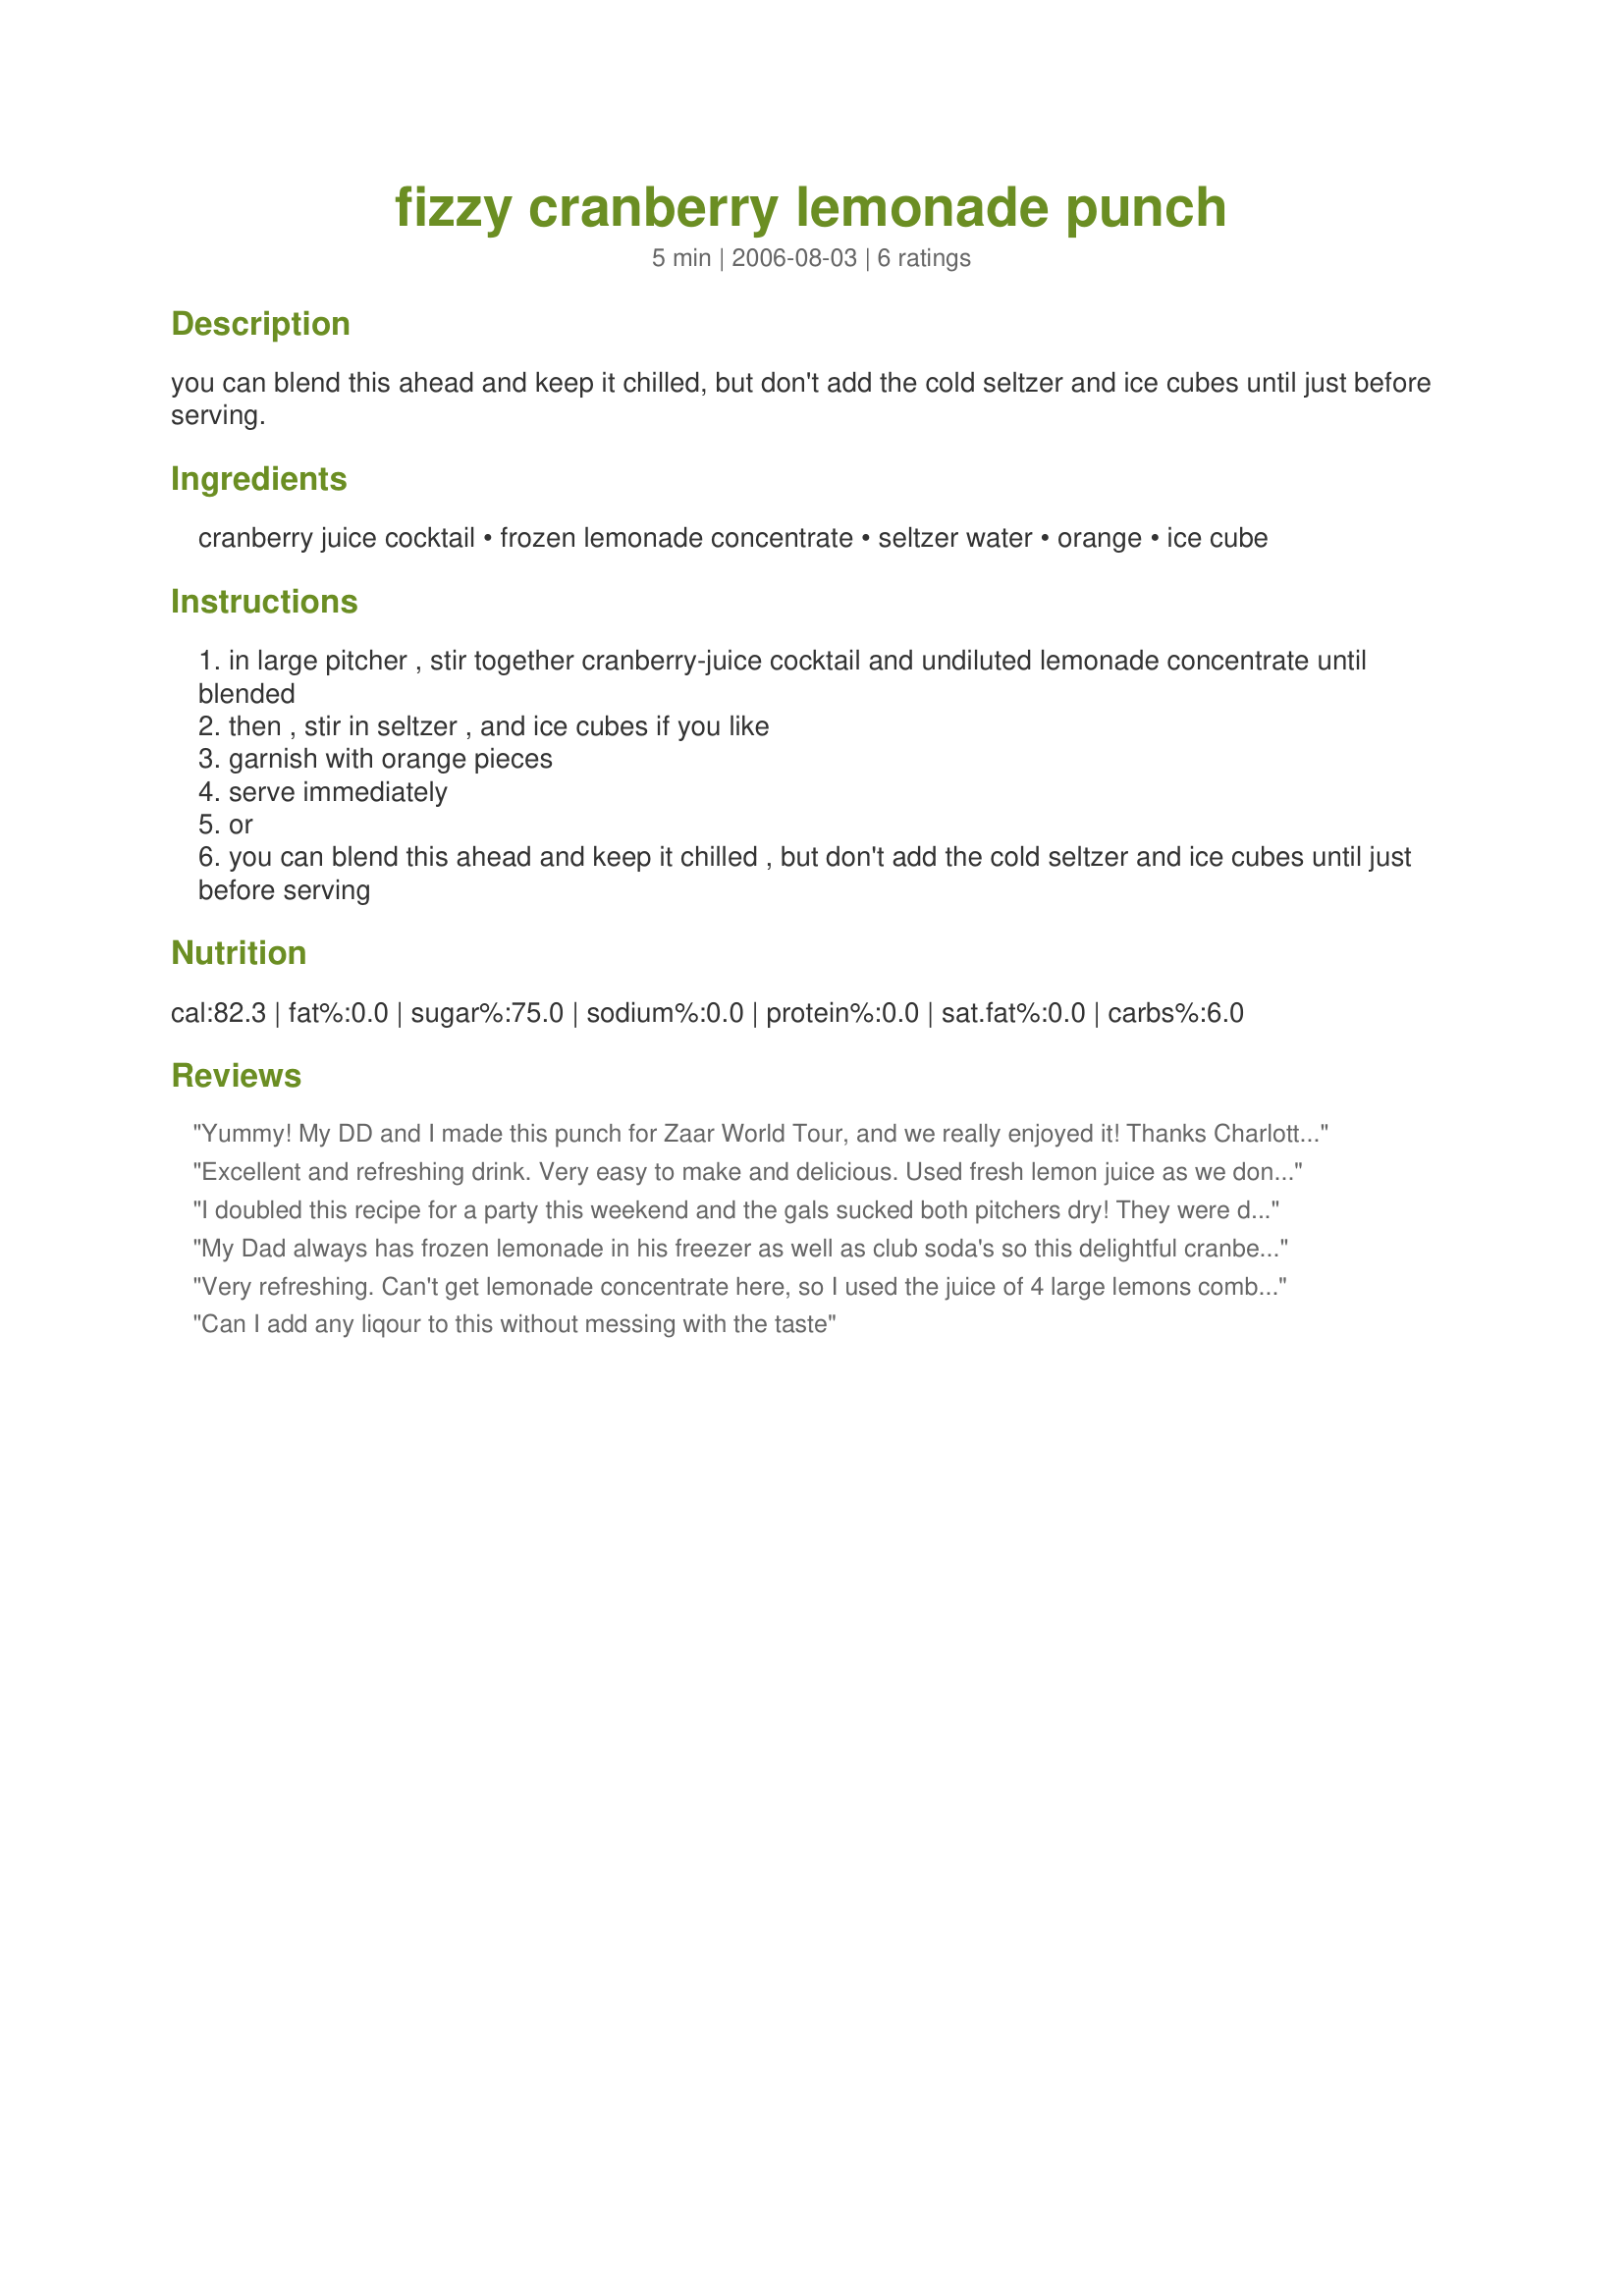
fizzy cranberry lemonade punch
Preparation time: 5 minutes

you can blend this ahead and keep it chilled, but don't add the cold seltzer and ice cubes until just before serving.

Ingredients:
cranberry juice cocktail, frozen lemonade concentrate, seltzer water, orange, ice cube

Steps:
in large pitcher , stir together cranberry-juice cocktail and undiluted lemonade concentrate until blended
then , stir in seltzer , and ice cubes if you like
garnish with orange pieces
serve immediately
or
you can blend this ahead and keep it chilled , but don't add the cold seltzer and ice cubes until just before serving

Reviews:
Yummy! My DD and I made this punch for Zaar World Tour, and we really enjoyed it! Thanks Charlotte J!!
Excellent and refreshing drink. Very easy to make and delicious. Used fresh lemon juice as we don't have the frozen concentrate in Australia. Hubby is a harsh critic and he loves it. Thanks!
I doubled this recipe for a party this weekend and the gals sucked both pitchers dry! They were drinking glassfuls of it with ice, and loving every bit of it! Thank you for posting!
My Dad always has frozen lemonade in his freezer as well as club soda's so this delightful cranberry - lemon punch hit the spot on this heavy, hot day in Mid/June. The use of cranberry in this is a wonderful bite to it, and the bit of oranges are so wonderful as well. This is a high class drink and a high class taste! Thanks, Charlotte! Made for *ZWT4*. June 2008.
Very refreshing. Can't get lemonade concentrate here, so I used the juice of 4 large lemons combined with 4 tablespoons of sugar. May not have been the same, but it tasted fine.
Can I add any liqour to this without messing with the taste
